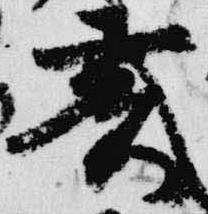
亥